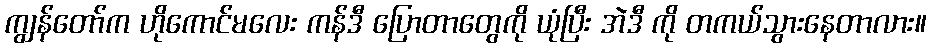
ကျွန်တော်က ဟိုကောင်မလေး ကန်ဒီ ပြောတာတွေကို ယုံပြီး အဲဒီ ကို တကယ်သွားနေတာလား။